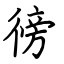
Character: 徬